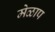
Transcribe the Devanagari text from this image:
मेळाप